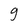
Character: g